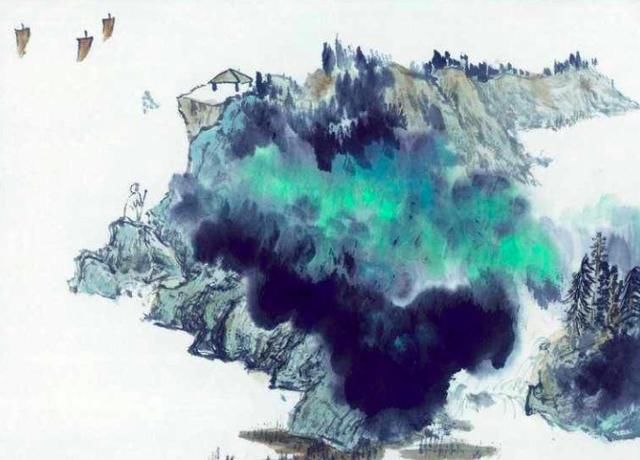
大鹏飞兮振八裔，中天摧兮力不济。